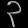
Digit: ၃